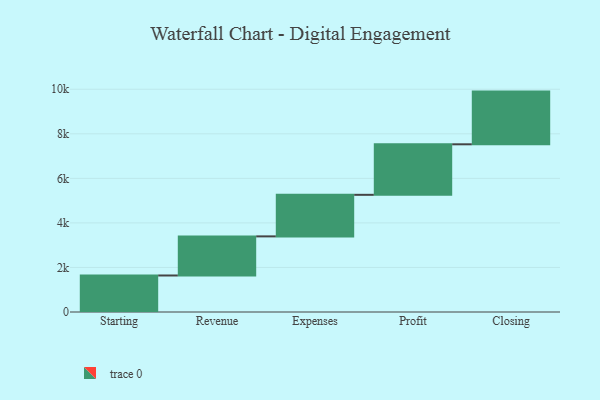
{"axis": {"x": "Step", "y": "Value"}, "legend": [""], "data": [{"x": "Starting", "y": 1639.0, "type": ""}, {"x": "Revenue", "y": 1756.0, "type": ""}, {"x": "Expenses", "y": 1866.0, "type": ""}, {"x": "Profit", "y": 2268.0, "type": ""}, {"x": "Closing", "y": 2366.0, "type": ""}]}